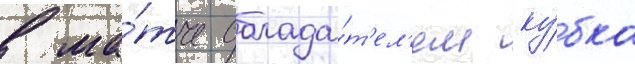
в ма́тче облада́т'ел'ем ку́бка